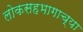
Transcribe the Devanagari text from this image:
लोकसहभागाच्या